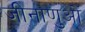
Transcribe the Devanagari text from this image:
जीनाणुओं